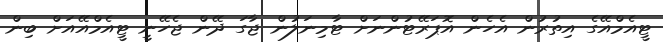
ޓީއެމްއޭގެ އިތުރުން އެހެން އޮޕަރޭޓުންނަށް ޓާމިނަލުން ޖާގަ ދޭން ޖެހޭނީ ޓީއެމްއޭއަށް ބިން